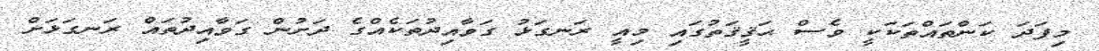
މިފަދަ ކަންތައްތަކަކީ ވެސް ޙަޤީޤަތުގައި މިއީ ރަނގަޅު ގަވާއިދުތަކެއްގެ ދަށުން ގަވާއިދުތައް ރަނގަޅަށް